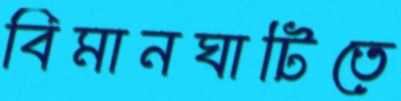
বিমানঘাটিতে